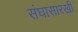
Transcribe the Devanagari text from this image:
संघासारखी